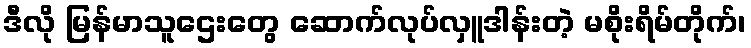
ဒီလို မြန်မာသူဌေးတွေ ဆောက်လုပ်လှူဒါန်းတဲ့ မစိုးရိမ်တိုက်၊